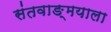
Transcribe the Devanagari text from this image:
संतवाङ्मयाला